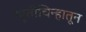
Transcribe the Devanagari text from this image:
स्मृतीचिन्हातून